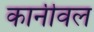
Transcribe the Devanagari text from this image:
कार्नीवल